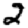
Digit: 2